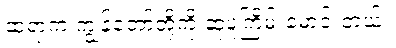
ဆရာက ကျွန်တော်တို့ကို ဆူပူကြိမ်းမောင်းတယ်။